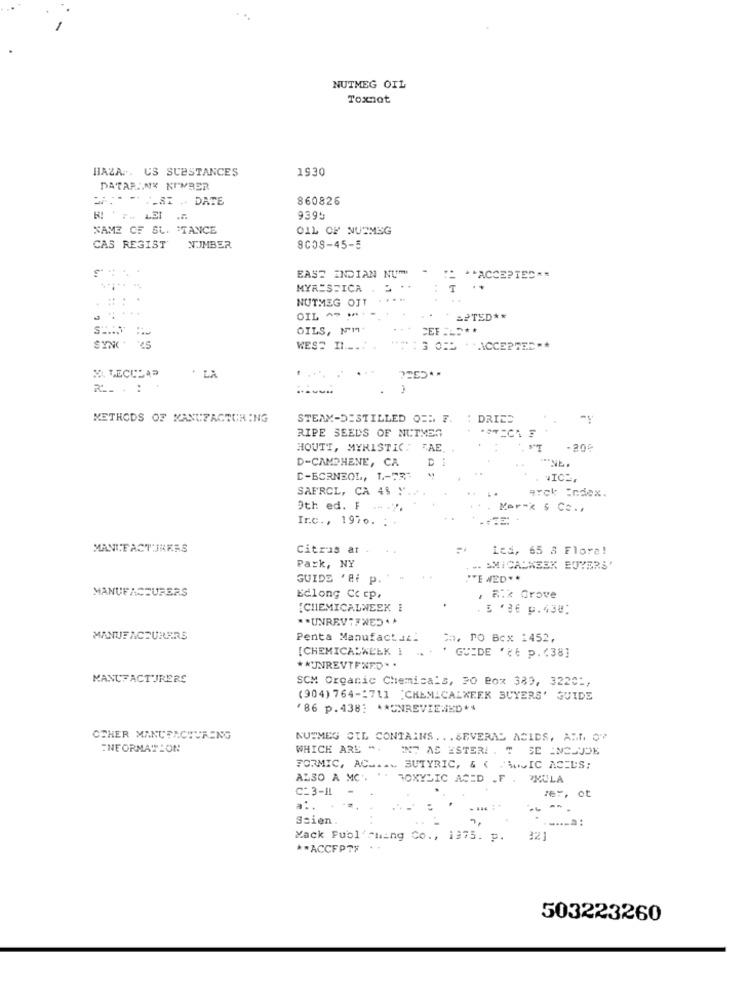
NUTMEG OIL
Toxnot
HAZA .. US SUBSTANCES
1930
DATAFANY NUMBER
27 .* ** *_ SI -- DATE
860826
9395
NAME OF SU. "TANCE
OIL OF NUTMEG
CAS REGIST NUMBER
8COS-45-5
EAST INDIAN NUM
: ** ACCEPTED **
MYRESFICA
NUTMEG OIT
.....
OIL ^- M
..
APTED **
OILS, MM.
CEF ===**
SYNC' 4
WEST IL .....
ON : 3 0EM . ACCEPTED **
* LA
R. . . .
METHODS OF MANUFACTURING
STEAM-DISTILLED OED 7.
DRIE
RIPE SEEDS OF NUTMER
HOUTT, MYRISTIC : TAE.
-20%
D-CAMPHENE, CA
C-BORNEOL, 1-73.
SAFRCL, CA 4% Y ..
arck Index.
Oth ed. F
Mer-x 5 Cc ..
Ir.c ., 1970. :
MANUFACTURERS
Citras at .
Led, 65 3 Flora!
Park, NY
EMICALKESK BUYERS'
GUIDS 'Bf p.
MANUFACTURERS
Edlong Cc cp.
, Rik Grove
[CHEMICALWEEK E
3 '36 p.438;
* * UNREVIEWED **
MANUFACTURERS
Penta Manufact. ...
Co, Po Box 1452,
[CHEMICALWELK }
GUIDE '?E p. (38]
** UNREVTENED **
MANUFACTURERS
SCM Organic Chemicals, 20 Box 389, 3220 :,
(904) 764-1711 "CHEMICALWEEK BUYERS' GUIDE
'86 p.438: ** UNREVIEWED **
OTHER MANUFACTURENG
NUTMEG CIL CONTAINS .. . SEVERAL ACIDS, ART, OP
INFORMATION
WHICH ARE ". IN7 AS ESTERI . T SE INCLUDE
FORMIC, AC ..... BUTYRIC, & ( MLIC ACIDS;
ALSO A MC'. " TOXYLIC ACID .F . RMULA
C_3-11
rer, ot
Ssien.
....- a :
Mack Publishing Co ., 1975. p.
32]
** ACCEPTF .-
503223260